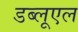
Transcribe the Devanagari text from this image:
डब्लूएल